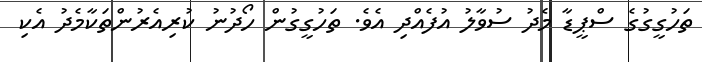
ތަހުގީގުގެ ސްޕީޑާ މެދު ސުވާލު އުފެއްދި އެވެ. ތަހުގީގުން ހޯދުނު ކުރިއެރުންތަކާމެދު އެކި